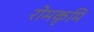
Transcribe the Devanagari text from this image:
रोमकृमि